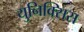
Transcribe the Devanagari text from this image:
युनिक्सिस